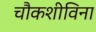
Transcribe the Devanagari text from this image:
चौकशीविना